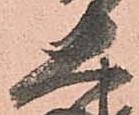
大